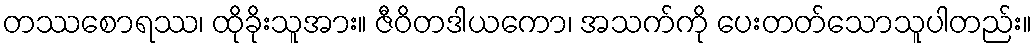
တဿစောရဿ၊ ထိုခိုးသူအား။ ဇီဝိတဒါယကော၊ အသက်ကို ပေးတတ်သောသူပါတည်း။